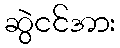
ဆွဲငင်အား